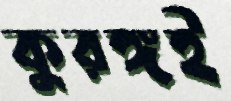
কুরঙ্গই